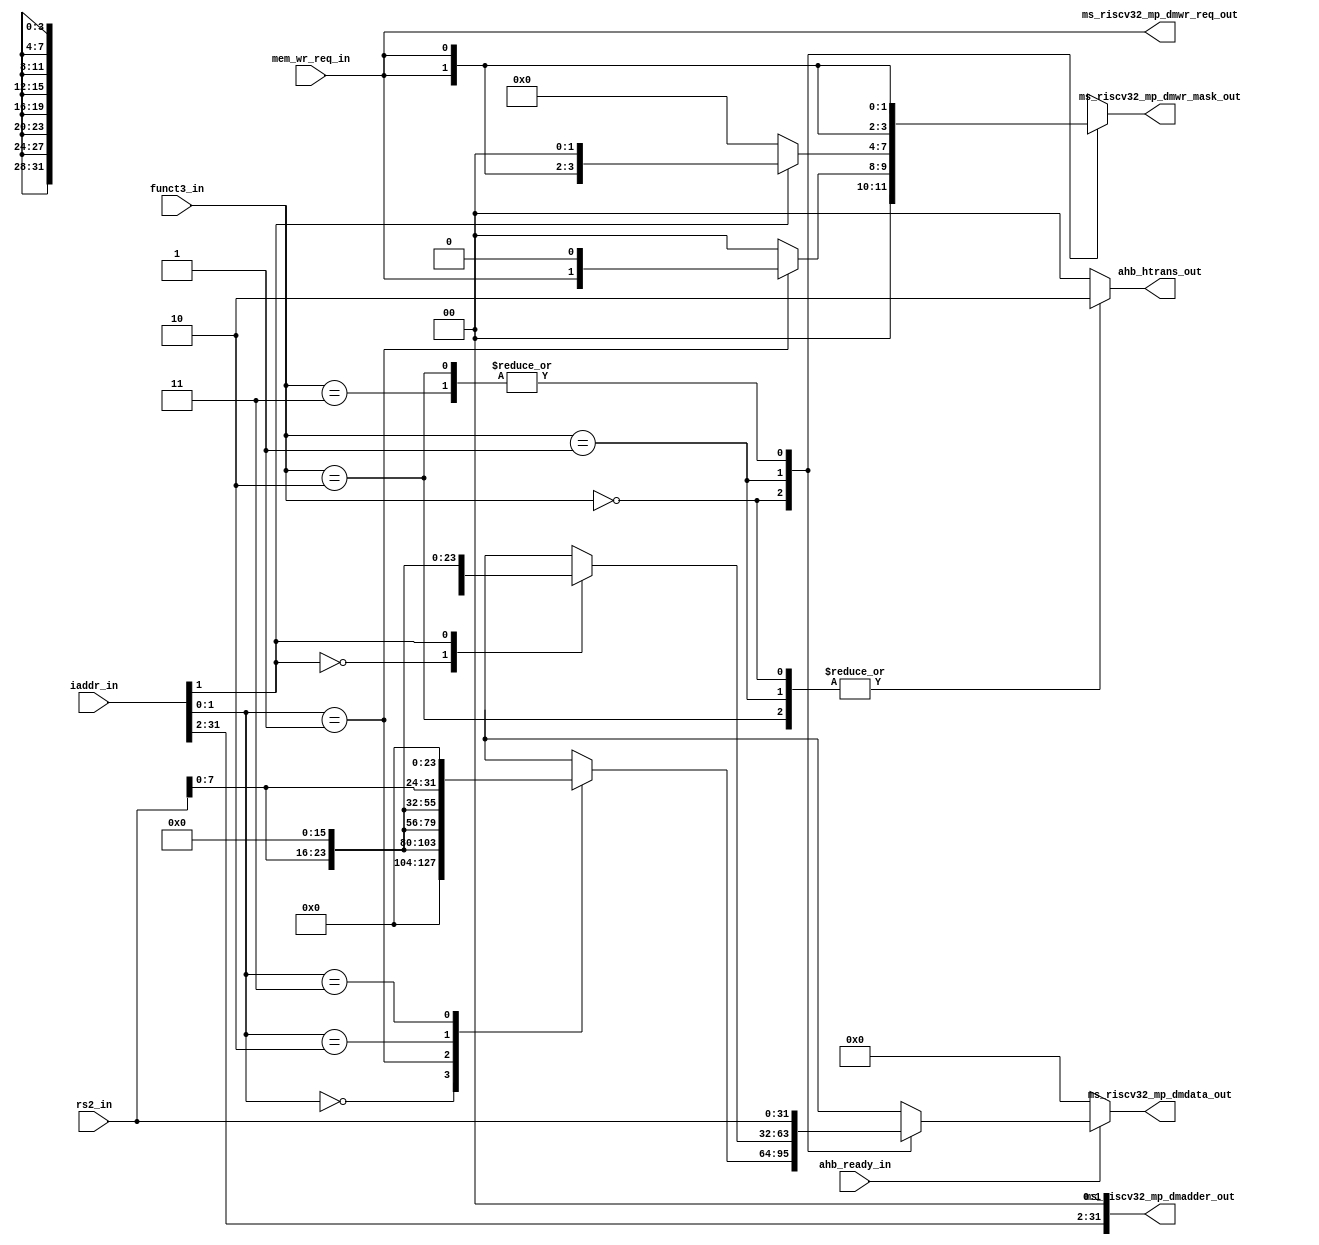
module msrv_32_store_unit(
  input wire [1:0] funct3_in,
  input wire [31:0] iaddr_in,
  input wire [31:0] rs2_in,
  input wire ahb_ready_in,
  input wire mem_wr_req_in,


  
  output reg [31:0] ms_riscv32_mp_dmdata_out,
  output reg [31:0] ms_riscv32_mp_dmadder_out,
  output reg [3:0]  ms_riscv32_mp_dmwr_mask_out,
  output reg ms_riscv32_mp_dmwr_req_out,
  output reg [1:0] ahb_htrans_out
);

  // Data Placement in data_out
  always @(*) begin
    if (ahb_ready_in) begin
      case (funct3_in) 
        2'b00:begin
        	case(iaddr_in[1:0])
        	2'b00: ms_riscv32_mp_dmdata_out = {8'b0, 8'b0, 8'b0, rs2_in[7:0]};
        	2'b01: ms_riscv32_mp_dmdata_out = {8'b0, 8'b0,rs2_in[7:0] ,8'b0};
		2'b10: ms_riscv32_mp_dmdata_out = {8'b0, rs2_in[7:0],8'b0 ,8'b0};
		2'b11: ms_riscv32_mp_dmdata_out = {rs2_in[7:0],8'b0,8'b0 ,8'b0};
        	default: ms_riscv32_mp_dmdata_out = 32'b0;
      		endcase
		end
         2'b01:begin
		case(iaddr_in[1])

          1'b0: ms_riscv32_mp_dmdata_out = {16'b0,rs2_in[15:0]};
        	1'b1: ms_riscv32_mp_dmdata_out = {rs2_in[15:0],16'b0};
                default: ms_riscv32_mp_dmdata_out = 32'b0;
		endcase
		end
         2'b10: ms_riscv32_mp_dmdata_out <=rs2_in;
         2'b11: ms_riscv32_mp_dmdata_out <=rs2_in;
	 default: ms_riscv32_mp_dmdata_out <=32'b0;
endcase 
    end else begin
      ms_riscv32_mp_dmdata_out = 32'b0;
    end
  end

  // Setting wr_mask_out
 
always @(*) begin
  case (funct3_in)
    2'b00: begin
      case (iaddr_in[1:0])
        2'b01: ms_riscv32_mp_dmwr_mask_out = {2'b0, mem_wr_req_in, 1'b0};
        default: ms_riscv32_mp_dmwr_mask_out = 4'b0;
      endcase
    end
    2'b01: begin
      case (iaddr_in[1])
        1'b1: ms_riscv32_mp_dmwr_mask_out = {{2{mem_wr_req_in}}, 2'b0};
        default: ms_riscv32_mp_dmwr_mask_out = 4'b0;
      endcase
    end
    2'b10, 2'b11: ms_riscv32_mp_dmwr_mask_out = {4{mem_wr_req_in}};
    default: ms_riscv32_mp_dmwr_mask_out = 4'b0;
  endcase
end


  // Alignment of dm_adder_out
  always @(*) begin
    ms_riscv32_mp_dmadder_out = {iaddr_in[31:2], 2'b00};
  end

  // Alignment of wr_req_out
  always @(*) begin
    ms_riscv32_mp_dmwr_req_out= mem_wr_req_in; 
  end

  // ah_htrans_out setting
  always @(*) begin
    case(funct3_in)
      2'b00:ahb_htrans_out = 2'b10;
      2'b01:ahb_htrans_out = 2'b10;
      2'b10:ahb_htrans_out = 2'b10;
      default:ahb_htrans_out = 2'b00;
   endcase

  end

endmodule